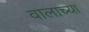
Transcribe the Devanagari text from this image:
वालाच्या